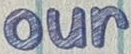
our